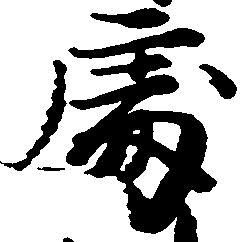
処